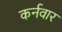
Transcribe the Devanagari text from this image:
कर्नवार